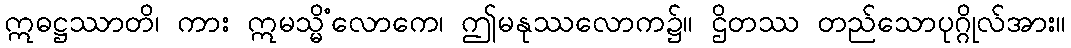
ဣဓဋ္ဌဿာတိ၊ ကား ဣမသ္မိံလောကေ၊ ဤမနုဿလောက၌။ ဌိတဿ တည်သောပုဂ္ဂိုလ်အား။